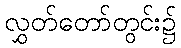
လွှတ်တော်တွင်း၌